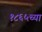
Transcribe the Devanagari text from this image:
१८६५च्या